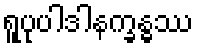
ရူပုပါဒါနက္ခန္ဓဿ